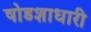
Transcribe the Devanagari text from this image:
षोडशाधारी